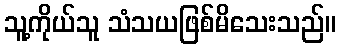
သူ့ကိုယ်သူ သံသယဖြစ်မိသေးသည်။